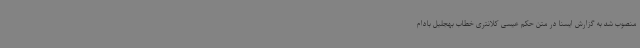
منصوب شد به گزارش ایسنا در متن حکم عیسی کلانتری خطاب بهجلیل بادام